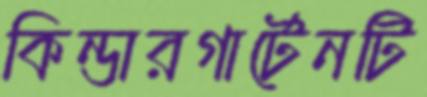
কিন্ডারগার্টেনটি